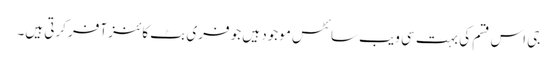
جی اس قسم کی بہت سی ویب سائٹس موجود ہیں جو فری بٹ کائنز آفر کرتی ہیں۔